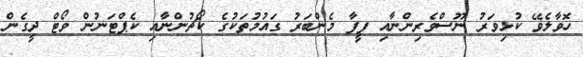
ހޮވާލެވޭ ކުޅިވަރު ނޫސްވެރިންނާއި ފީފާ މެންބަރު ގައުމުތަކުގެ ކޯޗުންނާއި ކެޕްޓަނުން ވޯޓް ދީގެން